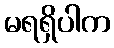
မရရှိပါက